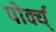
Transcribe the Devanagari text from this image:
पोर्क्य्